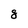
Character: g